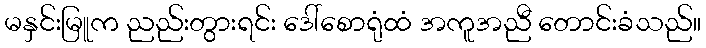
မနှင်းမြူက ညည်းတွားရင်း ဒေါ်စောရုံထံ အကူအညီ တောင်းခံသည်။